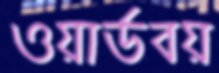
ওয়ার্ডবয়